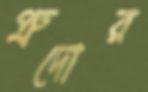
প্রুদোর